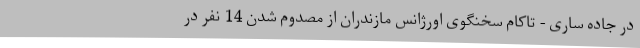
در جاده ساری - تاکام سخنگوی اورژانس مازندران از مصدوم شدن 14 نفر در